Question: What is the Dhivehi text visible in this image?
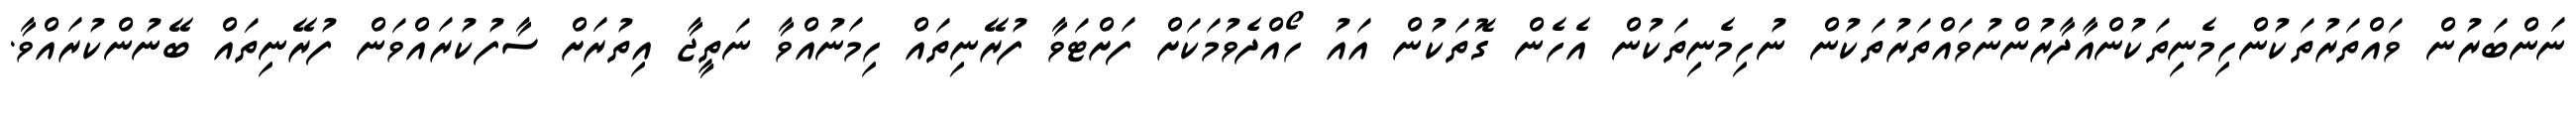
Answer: ނަންބަރުން ވައްތަރުތަކުންހިމެނިތަކުންއާދާރުންނުވައްތަރުތަކުން ނުހިމެނިތަކުން އެހެން ގޮތަކުން އައު ހޯއްދެވުމަކަށް ފަށްޓަވާ ފުރޭނިތައް ހިމަނުއްވާ ނަތީޖާ އިތުރަށް ސާފުކުރައްވަން ފުރޭނިތައް ބޭނުންކުރައްވާ.